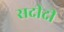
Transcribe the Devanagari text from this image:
सदीदी